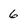
Character: 6